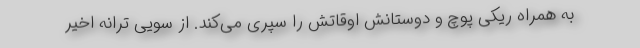
به همراه ریکی پوچ و دوستانش اوقاتش را سپری می‌کند. از سویی ترانه اخیر